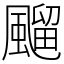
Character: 飀